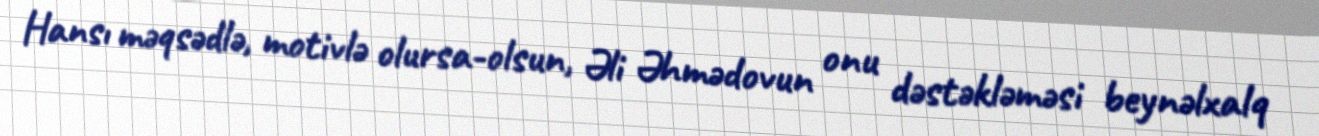
Hansı məqsədlə, motivlə olursa-olsun, Əli Əhmədovun onu dəstəkləməsi beynəlxalq